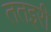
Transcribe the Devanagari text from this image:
ततइरी